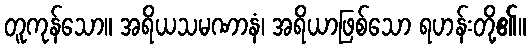
တူကုန်သော။ အရိယသမဏာနံ၊ အရိယာဖြစ်သော ရဟန်းတို့၏။